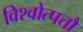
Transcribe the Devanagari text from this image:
विश्वोत्पत्तौ